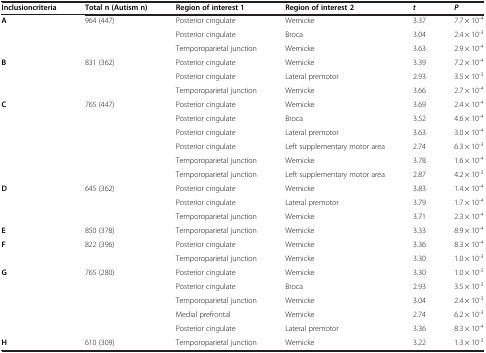
<table><thead><tr><td><b>Inclusioncriteria</b></td><td><b>Total n (Autism n)</b></td><td><b>Region of interest 1</b></td><td><b>Region of interest 2</b></td><td><b><i>t</i></b></td><td><b><i>P</i></b></td></tr></thead><tbody><tr><td><b>A</b></td><td>964 (447)</td><td>Posterior cingulate</td><td>Wernicke</td><td>3.37</td><td>7.7 × 10<sup>-4</sup></td></tr><tr><td> </td><td> </td><td>Posterior cingulate</td><td>Broca</td><td>3.04</td><td>2.4 × 10<sup>-3</sup></td></tr><tr><td> </td><td> </td><td>Temporoparietal junction</td><td>Wernicke</td><td>3.63</td><td>2.9 × 10<sup>-4</sup></td></tr><tr><td><b>B</b></td><td>831 (362)</td><td>Posterior cingulate</td><td>Wernicke</td><td>3.39</td><td>7.2 × 10<sup>-4</sup></td></tr><tr><td> </td><td> </td><td>Posterior cingulate</td><td>Lateral premotor</td><td>2.93</td><td>3.5 × 10<sup>-3</sup></td></tr><tr><td> </td><td> </td><td>Temporoparietal junction</td><td>Wernicke</td><td>3.66</td><td>2.7 × 10<sup>-4</sup></td></tr><tr><td><b>C</b></td><td>765 (447)</td><td>Posterior cingulate</td><td>Wernicke</td><td>3.69</td><td>2.4 × 10<sup>-4</sup></td></tr><tr><td> </td><td> </td><td>Posterior cingulate</td><td>Broca</td><td>3.52</td><td>4.6 × 10<sup>-4</sup></td></tr><tr><td> </td><td> </td><td>Posterior cingulate</td><td>Lateral premotor</td><td>3.63</td><td>3.0 × 10<sup>-4</sup></td></tr><tr><td> </td><td> </td><td>Posterior cingulate</td><td>Left supplementary motor area</td><td>2.74</td><td>6.3 × 10<sup>-3</sup></td></tr><tr><td> </td><td> </td><td>Temporoparietal junction</td><td>Wernicke</td><td>3.78</td><td>1.6 × 10<sup>-4</sup></td></tr><tr><td> </td><td> </td><td>Temporoparietal junction</td><td>Left supplementary motor area</td><td>2.87</td><td>4.2 × 10<sup>-3</sup></td></tr><tr><td><b>D</b></td><td>645 (362)</td><td>Posterior cingulate</td><td>Wernicke</td><td>3.83</td><td>1.4 × 10<sup>-4</sup></td></tr><tr><td> </td><td> </td><td>Posterior cingulate</td><td>Lateral premotor</td><td>3.79</td><td>1.7 × 10<sup>-4</sup></td></tr><tr><td> </td><td> </td><td>Temporoparietal junction</td><td>Wernicke</td><td>3.71</td><td>2.3 × 10<sup>-4</sup></td></tr><tr><td><b>E</b></td><td>850 (378)</td><td>Temporoparietal junction</td><td>Wernicke</td><td>3.33</td><td>8.9 × 10<sup>-4</sup></td></tr><tr><td><b>F</b></td><td>822 (396)</td><td>Posterior cingulate</td><td>Wernicke</td><td>3.36</td><td>8.3 × 10<sup>-4</sup></td></tr><tr><td> </td><td> </td><td>Temporoparietal junction</td><td>Wernicke</td><td>3.30</td><td>1.0 × 10<sup>-3</sup></td></tr><tr><td><b>G</b></td><td>765 (280)</td><td>Posterior cingulate</td><td>Wernicke</td><td>3.30</td><td>1.0 × 10<sup>-3</sup></td></tr><tr><td> </td><td> </td><td>Posterior cingulate</td><td>Broca</td><td>2.93</td><td>3.5 × 10<sup>-3</sup></td></tr><tr><td> </td><td> </td><td>Temporoparietal junction</td><td>Wernicke</td><td>3.04</td><td>2.4 × 10<sup>-3</sup></td></tr><tr><td> </td><td> </td><td>Medial prefrontal</td><td>Wernicke</td><td>2.74</td><td>6.2 × 10<sup>-3</sup></td></tr><tr><td> </td><td> </td><td>Posterior cingulate</td><td>Lateral premotor</td><td>3.36</td><td>8.3 × 10<sup>-4</sup></td></tr><tr><td><b>H</b></td><td>610 (309)</td><td>Temporoparietal junction</td><td>Wernicke</td><td>3.22</td><td>1.3 × 10<sup>-3</sup></td></tr></tbody></table>